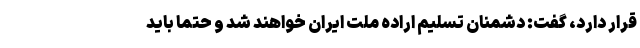
قرار دارد، گفت: دشمنان تسلیم اراده ملت ایران خواهند شد و حتماً باید